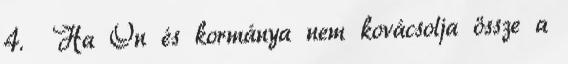
4. Ha Ön és kormánya nem kovácsolja össze a